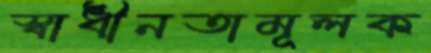
স্বাধীনতামূলক